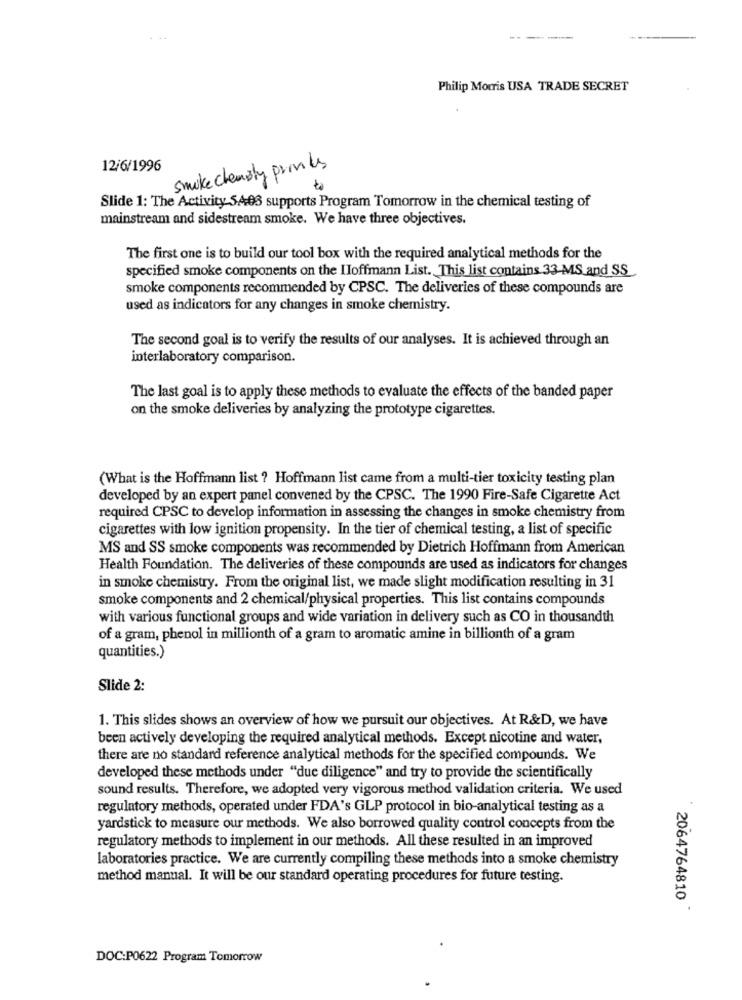
Philip Morris USA TRADE SECRET
12/6/1996
smoke chempty prints
Slide 1: The Activity 54:03 supports Program Tomorrow in the chemical testing of
mainstream and sidestream smoke. We have three objectives.
The first one is to build our tool box with the required analytical methods for the
specified smoke components on the IIoffmann List. This list contains 33-MS and SS
smoke components recommended by CPSC. The deliveries of these compounds are
used as indicators for any changes in smoke chemistry.
The second goal is to verify the results of our analyses. It is achieved through an
interlaboratory comparison.
The last goal is to apply these methods to evaluate the effects of the banded paper
on the smoke deliveries by analyzing the prototype cigarettes.
(What is the Hoffmann list ? Hoffmann list came from a multi-tier toxicity testing plan
developed by an expert panel convened by the CPSC. The 1990 Fire-Safe Cigarette Act
required CPSC to develop information in assessing the changes in smoke chemistry from
cigarettes with low ignition propensity. In the tier of chemical testing, a list of specific
MS and SS smoke components was recommended by Dietrich Hoffmann from American
Health Foundation. The deliveries of these compounds are used as indicators for changes
in smoke chemistry. From the original list, we made slight modification resulting in 31
smoke components and 2 chemical/physical properties. This list contains compounds
with various functional groups and wide variation in delivery such as CO in thousandth
of a gram, phenol in millionth of a gram to aromatic amine in billionth of a gram
quantities.)
Slide 2:
1. This slides shows an overview of how we pursuit our objectives. At R&D, we have
been actively developing the required analytical methods. Except nicotine and water,
there are no standard reference analytical methods for the specified compounds. We
developed these methods under "due diligence" and try to provide the scientifically
sound results. Therefore, we adopted very vigorous method validation criteria. We used
regulatory methods, operated under FDA's GLP protocol in bio-analytical testing as a
yardstick to measure our methods. We also borrowed quality control concepts from the
regulatory methods to implement in our methods. All these resulted in an improved
laboratories practice. We are currently compiling these methods into a smoke chemistry
method manual. It will be our standard operating procedures for future testing.
2064764810
DOC:P0622 Program Tomorrow